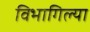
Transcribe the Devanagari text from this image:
विभागिल्या